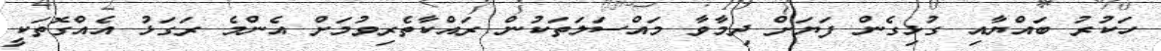
ހަކުރު ބައްޔާއި ގުޅިގެން ފަޔަށް ދިމާވާ މައްސަލަތަކުން ރައްކާތެރިވުމަށް އެންމެ ރަގަޅު އެއްގޮތަކީ